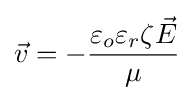
{\vec {v}}=-{\frac {\varepsilon _{o}\varepsilon _{r}\zeta {\vec {E}}}{\mu }}